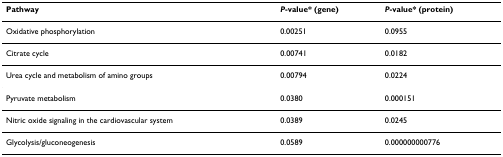
| Pathway | P-value* (gene) | P-value* (protein) |
 | --- | --- | --- |
 | Oxidative phosphorylation | 0.00251 | 0.0955 |
 | Citrate cycle | 0.00741 | 0.0182 |
 | Urea cycle and metabolism of amino groups | 0.00794 | 0.0224 |
 | Pyruvate metabolism | 0.0380 | 0.000151 |
 | Nitric oxide signaling in the cardiovascular system | 0.0389 | 0.0245 |
 | Glycolysis/gluconeogenesis | 0.0589 | 0.000000000776 |